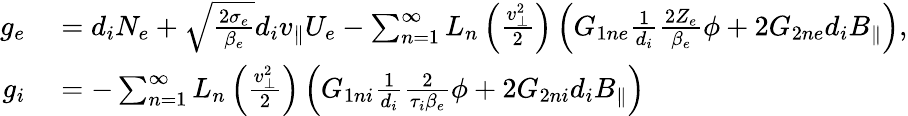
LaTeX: \begin{array}{rl}{g_{e}}&{{}=d_{i}N_{e}+\sqrt{\frac{2\sigma_{e}}{\beta_{e}}}d_{i}v_{\parallel}U_{e}-\sum_{n=1}^{\infty}L_{n}\left(\frac{v_{\perp}^{2}}{2}\right)\left(G_{1ne}\frac{1}{d_{i}}\frac{2Z_{e}}{\beta_{e}}\phi+2G_{2ne}d_{i}B_{\parallel}\right),}\\ {g_{i}}&{{}=-\sum_{n=1}^{\infty}L_{n}\left(\frac{v_{\perp}^{2}}{2}\right)\left(G_{1ni}\frac{1}{d_{i}}\frac{2}{\tau_{i}\beta_{e}}\phi+2G_{2ni}d_{i}B_{\parallel}\right)}\end{array}